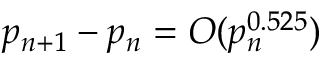
p _ { n + 1 } - p _ { n } = O ( p _ { n } ^ { 0 . 5 2 5 } )